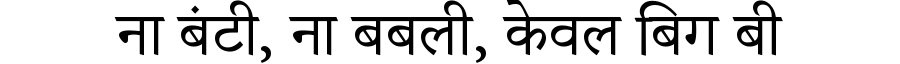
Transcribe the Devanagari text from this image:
ना बंटी, ना बबली, केवल बिग बी